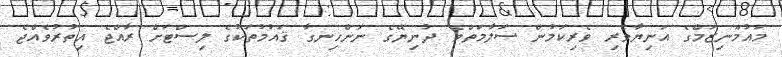
މައުމޫނިޒަމްގެ އަނިޔާވެރި ވެރިކަމުން ސަލާމަތްވެ ދުނިޔޭގެ ނަންހިނގާ ޤައުމުތަކުގެ ލިސްޓަށް ރާއްޖެ އިތުރުވެއްޖެ